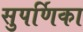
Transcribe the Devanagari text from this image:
सुपर्णिका